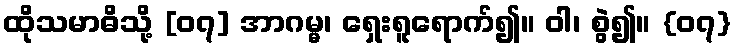
ထိုသမာဓိသို့ [၀၇] အာဂမ္မ၊ ရှေးရူရောက်၍။ ဝါ၊ စွဲ၍။ {၀၇}